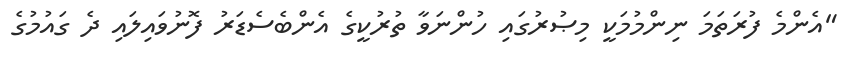
"އެންމެ ފުރަތަމަ ނިންމުމަކީ މިޞުރުގައި ހުންނަވާ ތުރުކީގެ އެންބެސެޑަރު ފޮނުވައިލައި ދެ ގައުމުގެ